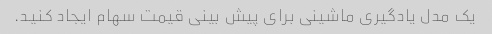
یک مدل یادگیری ماشینی برای پیش بینی قیمت سهام ایجاد کنید.